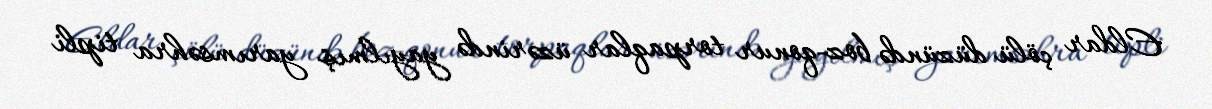
Eldar çölü düzündə boz-qonur torpaqlar üzərində yayılmış yarımsəhra tipli